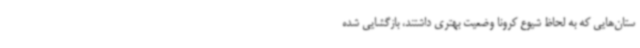
ستان‌هایی که به لحاظ شیوع کرونا وضعیت بهتری داشتند، بازگشایی شده‌